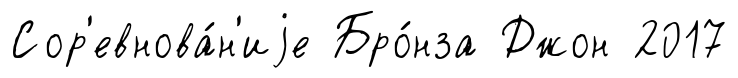
Сор'евнова́н'иjе Бро́нза Джон 2017